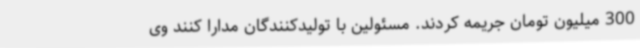
300 میلیون تومان جریمه کردند. مسئولین با تولیدکنندگان مدارا کنند وی